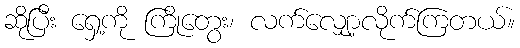
ဆိုပြီး ရှေ့ကို ကြိုတွေး၊ လက်လျှော့လိုက်ကြတယ်။